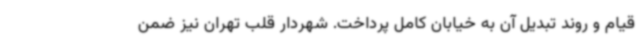
قیام و روند تبدیل آن به خیابان کامل پرداخت. شهردار قلب تهران نیز ضمن